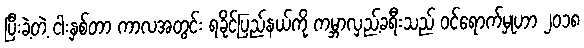
ပြီးခဲ့တဲ့ ငါးနှစ်တာ ကာလအတွင်း ရခိုင်ပြည်နယ်ကို ကမ္ဘာလှည့်ခရီးသည် ဝင်ရောက်မှုဟာ ၂၀၁၈